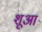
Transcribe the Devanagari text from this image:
शूआ